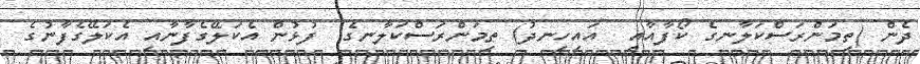
ދެން (ތިމަންރަސްކަލާނގެ ކޯފާއާއި  އައިހިނދު) ތިމަންރަސްކަލާނގެ  ފުޅުން އެކަލޭގެފާނާއި އެކަލޭގެފާނުގެ